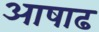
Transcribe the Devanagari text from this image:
अाषाढ